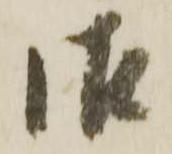
御